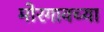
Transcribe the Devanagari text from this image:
मोरगावच्या